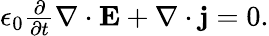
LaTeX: \begin{array}{r}{\epsilon_{0}\frac{\partial}{\partial t}\nabla\cdot\mathbf{E}+\nabla\cdot\mathbf{j}=0.}\end{array}